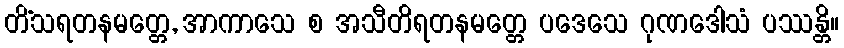
တိံသရတနမတ္တေ, အာကာသေ စ အသီတိရတနမတ္တေ ပဒေသေ ဂုဏဒေါသံ ပဿန္တိ။